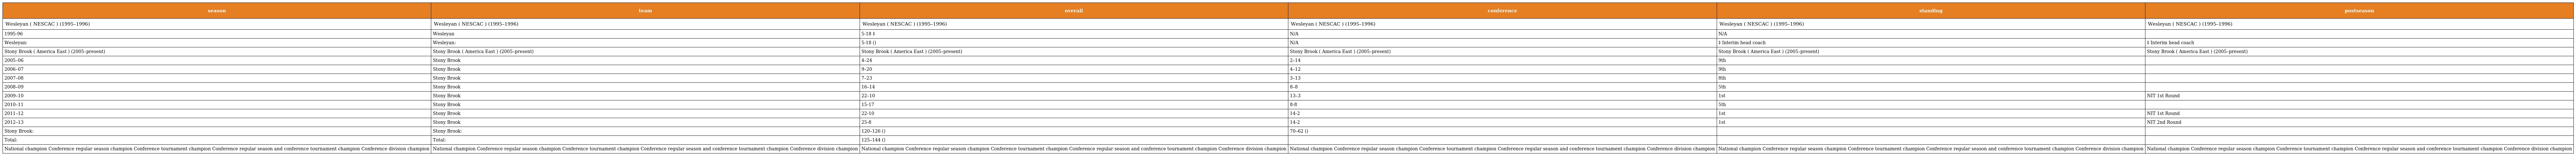
| season | team | overall | conference | standing | postseason |
 | --- | --- | --- | --- | --- | --- |
 | Wesleyan ( NESCAC ) (1995–1996) | Wesleyan ( NESCAC ) (1995–1996) | Wesleyan ( NESCAC ) (1995–1996) | Wesleyan ( NESCAC ) (1995–1996) | Wesleyan ( NESCAC ) (1995–1996) | Wesleyan ( NESCAC ) (1995–1996) |
 | 1995-96 | Wesleyan | 5-18 ‡ | N/A | N/A |  |
 | Wesleyan: | Wesleyan: | 5-18 () | N/A | ‡ Interim head coach | ‡ Interim head coach |
 | Stony Brook ( America East ) (2005–present) | Stony Brook ( America East ) (2005–present) | Stony Brook ( America East ) (2005–present) | Stony Brook ( America East ) (2005–present) | Stony Brook ( America East ) (2005–present) | Stony Brook ( America East ) (2005–present) |
 | 2005–06 | Stony Brook | 4–24 | 2–14 | 9th |  |
 | 2006–07 | Stony Brook | 9–20 | 4–12 | 9th |  |
 | 2007–08 | Stony Brook | 7–23 | 3–13 | 8th |  |
 | 2008–09 | Stony Brook | 16–14 | 8–8 | 5th |  |
 | 2009–10 | Stony Brook | 22–10 | 13–3 | 1st | NIT 1st Round |
 | 2010–11 | Stony Brook | 15-17 | 8-8 | 5th |  |
 | 2011–12 | Stony Brook | 22-10 | 14-2 | 1st | NIT 1st Round |
 | 2012–13 | Stony Brook | 25-8 | 14-2 | 1st | NIT 2nd Round |
 | Stony Brook: | Stony Brook: | 120–126 () | 70–62 () |  |  |
 | Total: | Total: | 125–144 () |  |  |  |
 | National champion Conference regular season champion Conference tournament champion Conference regular season and conference tournament champion Conference division champion | National champion Conference regular season champion Conference tournament champion Conference regular season and conference tournament champion Conference division champion | National champion Conference regular season champion Conference tournament champion Conference regular season and conference tournament champion Conference division champion | National champion Conference regular season champion Conference tournament champion Conference regular season and conference tournament champion Conference division champion | National champion Conference regular season champion Conference tournament champion Conference regular season and conference tournament champion Conference division champion | National champion Conference regular season champion Conference tournament champion Conference regular season and conference tournament champion Conference division champion |